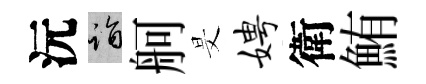
沅诣舸旻娉衛鮪